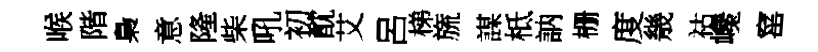
喉階梟意隆柴吼初酖艾呂梯旒謀柢訥栅度㡬祜巉窰